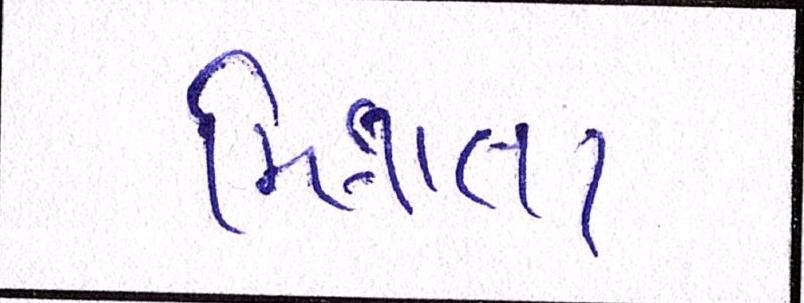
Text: મિત્રતા